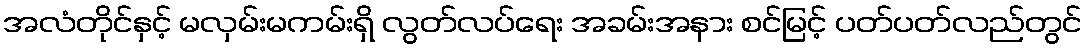
အလံတိုင်နှင့် မလှမ်းမကမ်းရှိ လွတ်လပ်ရေး အခမ်းအနား စင်မြင့် ပတ်ပတ်လည်တွင်